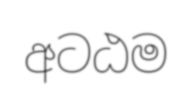
අටඨම